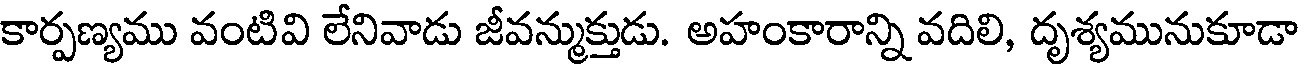
కార్పణ్యము వంటివి లేనివాడు జీవన్ముక్తుడు. అహంకారాన్ని వదిలి, దృశ్యమునుకూడా